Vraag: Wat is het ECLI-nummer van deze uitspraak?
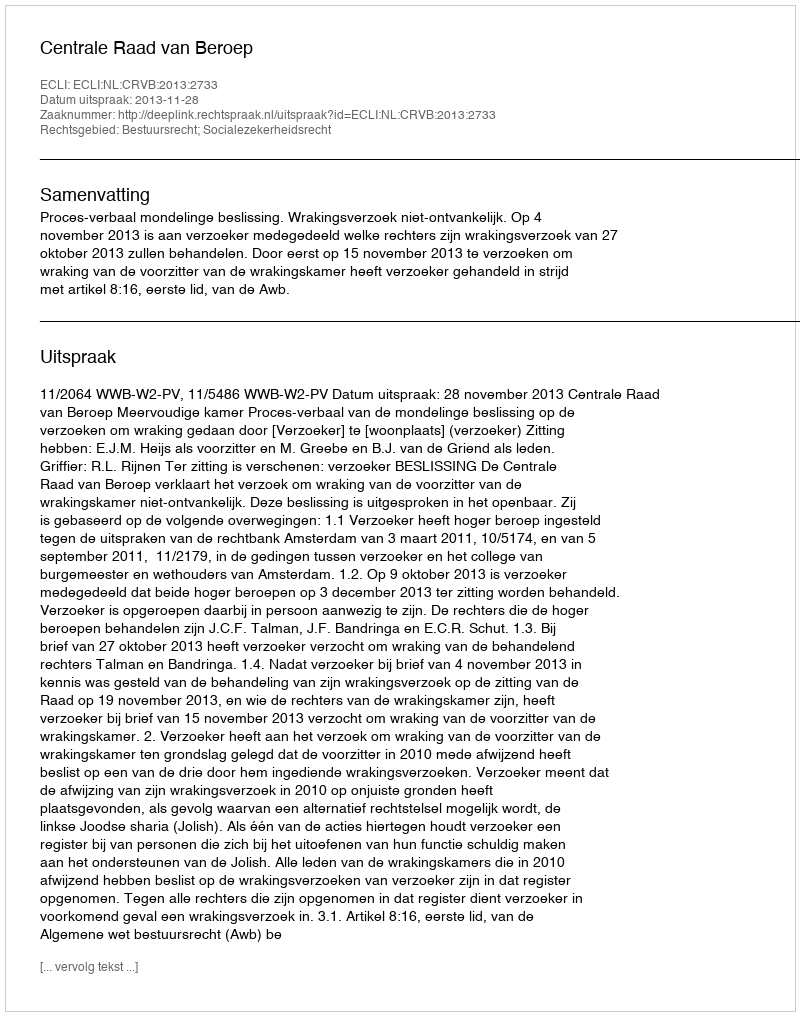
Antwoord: ECLI:NL:CRVB:2013:2733